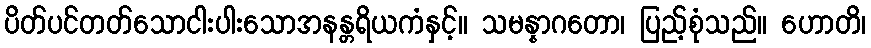
ပိတ်ပင်တတ်သောငါးပါးသောအနန္တရိယကံနှင့်။ သမန္နာဂတော၊ ပြည့်စုံသည်။ ဟောတိ၊